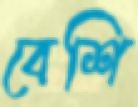
বেশি